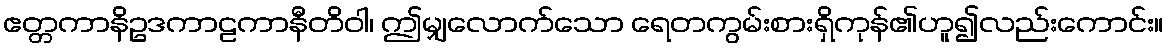
ဧတ္တကာနိဥဒကာဠကာနီတိဝါ၊ ဤမျှလောက်သော ရေတကွမ်းစားရှိကုန်၏ဟူ၍လည်းကောင်း။